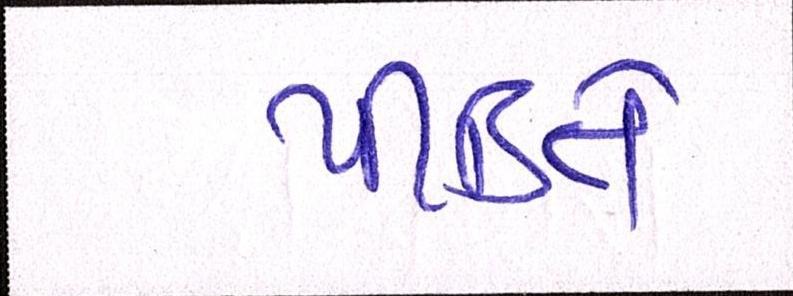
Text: પીડિતે